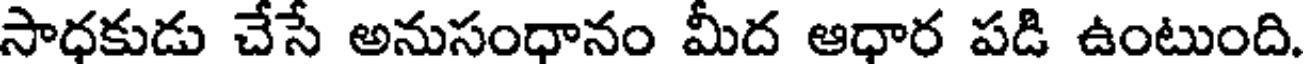
సాధకుడు చేసే అనుసంధానం మీద ఆధార పడి ఉంటుంది.